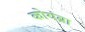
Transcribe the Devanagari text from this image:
कोयंब्रा